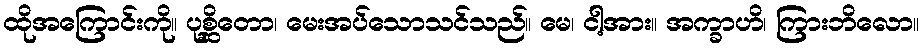
ထိုအကြောင်းကို။ ပုစ္ဆိတော၊ မေးအပ်သောသင်သည်။ မေ၊ ငါ့အား။ အက္ခာဟိ၊ ကြားဘိလော။